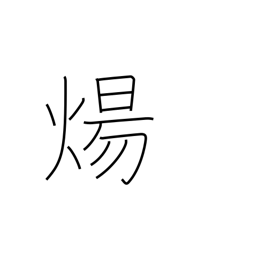
Meaning: burn